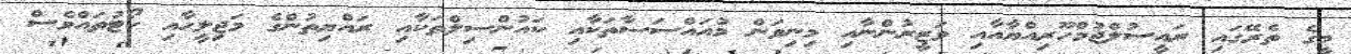
މީގެ ތެރޭގައި ރައީސުލްޖުމްހޫރިއްޔާއާއި ވަޒީރުންނާއި މިނިވަން މުއައްސަސާތަކާއި ކައުންސިލްތަކާއި ރައްޔިތުންގެ މަޖިލީހާއި ކޯޓުތައްވެސް